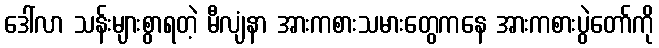
ဒေါ်လာ သန်းများစွာရတဲ့ မီလျံနာ အားကစားသမားတွေကနေ အားကစားပွဲတော်ကို